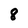
Character: 8